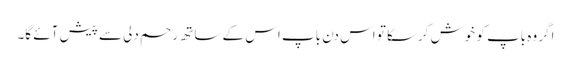
اگر وہ باپ کو خوش کرسکا تو اس دن باپ اس کے ساتھ رحم دلی سے پیش آئے گا۔